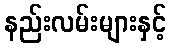
နည်းလမ်းများနှင့်